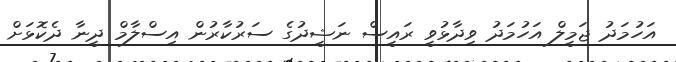
އަހުމަދު ޖަމީލް އަހުމަދު ވިދާޅުވީ ރައީސް ނަޝީދުގެ ސަރުކާރުން އިސްލާމް ދީނާ ދެކޮޅަށް